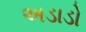
અડાડો